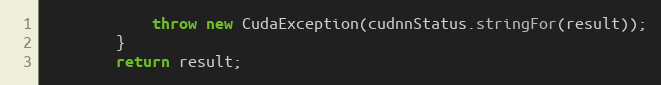
Language: Java
            throw new CudaException(cudnnStatus.stringFor(result));
        }
        return result;